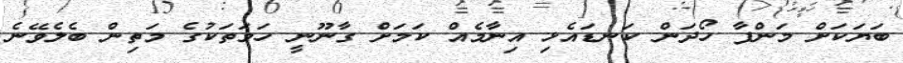
ބަޔަކަށް މަންފާ ހޯދަން ކަނޑައެޅި އިނާމެއް ކަަމަށް ގާނޫނީ ހަމަތަކުގެ މަތިން ބެލެވޭނެ